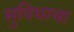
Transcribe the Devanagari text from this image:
सुविधाचा